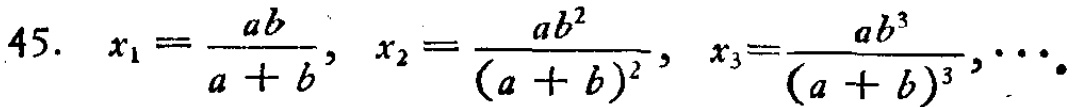
45. \(x_{1}=\frac{ab}{a + b},\ x_{2}=\frac{ab^{2}}{(a + b)^{2}},\ x_{3}=\frac{ab^{3}}{(a + b)^{3}},\cdots\)